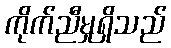
ကိုက်ညီမှုရှိသည်